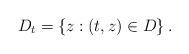
LaTeX: \begin{align*}D_{t}=\left\{ z:\left( t,z\right) \in D\right\}.\end{align*}